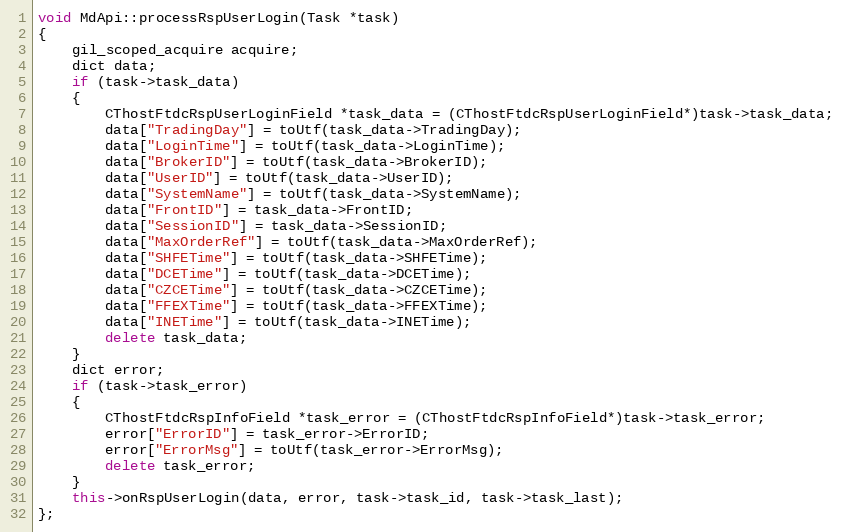
Language: C++
void MdApi::processRspUserLogin(Task *task)
{
	gil_scoped_acquire acquire;
	dict data;
	if (task->task_data)
	{
		CThostFtdcRspUserLoginField *task_data = (CThostFtdcRspUserLoginField*)task->task_data;
		data["TradingDay"] = toUtf(task_data->TradingDay);
		data["LoginTime"] = toUtf(task_data->LoginTime);
		data["BrokerID"] = toUtf(task_data->BrokerID);
		data["UserID"] = toUtf(task_data->UserID);
		data["SystemName"] = toUtf(task_data->SystemName);
		data["FrontID"] = task_data->FrontID;
		data["SessionID"] = task_data->SessionID;
		data["MaxOrderRef"] = toUtf(task_data->MaxOrderRef);
		data["SHFETime"] = toUtf(task_data->SHFETime);
		data["DCETime"] = toUtf(task_data->DCETime);
		data["CZCETime"] = toUtf(task_data->CZCETime);
		data["FFEXTime"] = toUtf(task_data->FFEXTime);
		data["INETime"] = toUtf(task_data->INETime);
		delete task_data;
	}
	dict error;
	if (task->task_error)
	{
		CThostFtdcRspInfoField *task_error = (CThostFtdcRspInfoField*)task->task_error;
		error["ErrorID"] = task_error->ErrorID;
		error["ErrorMsg"] = toUtf(task_error->ErrorMsg);
		delete task_error;
	}
	this->onRspUserLogin(data, error, task->task_id, task->task_last);
};